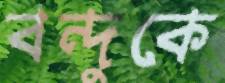
বন্দুকে